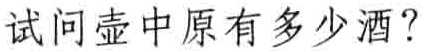
试问壶中原有多少酒？